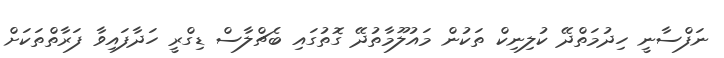
ނަފްސާނީ ހިދުމަތްދޭ ކުލިނިކް ތަކުން މައުލޫމާތުދޭ ގޮތުގައި ބެޗްލާސް ޑިގްރީ ހަދާފައިވާ ފަރާތްތަކަށް